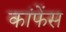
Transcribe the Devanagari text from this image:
कांफेंस